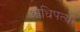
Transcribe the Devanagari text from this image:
आधिपत्य